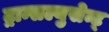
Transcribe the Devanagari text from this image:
ट्रान्सल्युसेन्ट्